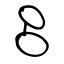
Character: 呂